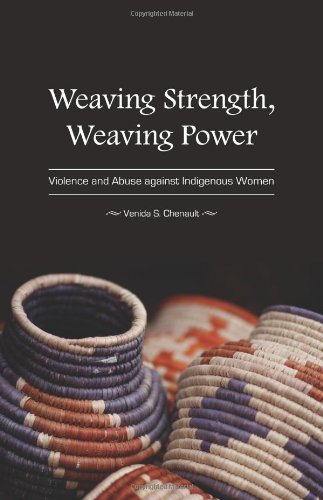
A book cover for Weaving Strength, Weaving Power: Violence and Abuse against Indigenous Women; Venida S. Chenault; Law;